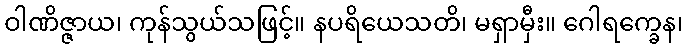
ဝါဏိဇ္ဇာယ၊ ကုန်သွယ်သဖြင့်။ နပရိယေသတိ၊ မရှာမှီး။ ဂေါရက္ခေန၊